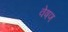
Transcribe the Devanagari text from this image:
वेषण